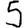
Digit: 5